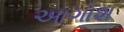
આગોશ